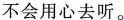
不会用心去听。